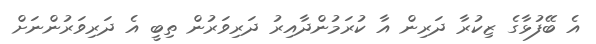
އެ ބޭފުޅާގެ ޒިކުރާ ދަރިން އާ ކުރަމުންދާއިރު ދަރިވަރުން ތިބީ އެ ދަރިވަރުންނަށް